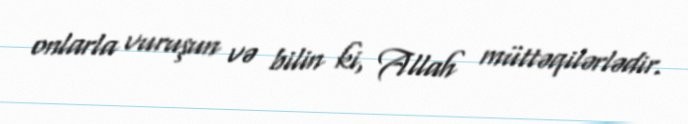
onlarla vuruşun və bilin ki, Allah müttəqilərlədir.